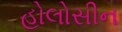
હોલોસીન